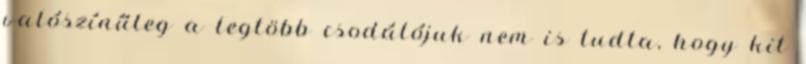
valószínűleg a legtöbb csodálójuk nem is tudta, hogy kit